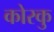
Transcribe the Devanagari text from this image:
कोरकु